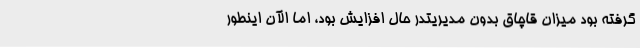
گرفته بود میزان قاچاق بدون مدیریتدر حال افزایش بود، اما الآن اینطور